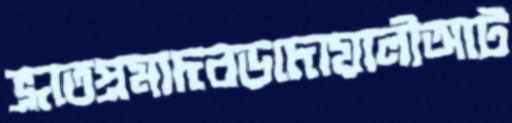
ভ্রূতেপ্রমাদবড়দোয়ালীআট